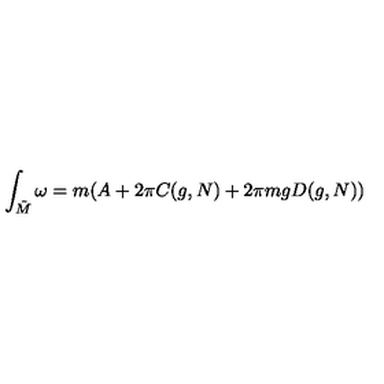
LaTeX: \int _ { { \tilde { M } } } \omega = m ( A + 2 \pi C ( g , N ) + 2 \pi m g D ( g , N ) )